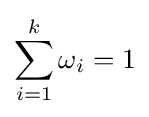
\sum _{i=1}^{k}\omega _{i}=1